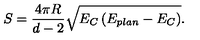
S = \frac { 4 \pi R } { d - 2 } \sqrt { E _ { C } \left( E _ { p l a n } - E _ { C } \right) } .